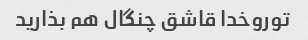
توروخدا قاشق چنگال هم بذارید